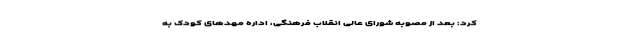
کرد: بعد از مصوبه شورای عالی انقلاب فرهنگی، اداره مهد‌های کودک به